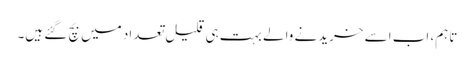
تاہم، اب اسے خریدنے والے بہت ہی قلیل تعداد میں بچ گئے ہیں۔